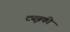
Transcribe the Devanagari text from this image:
ट्यूबकी